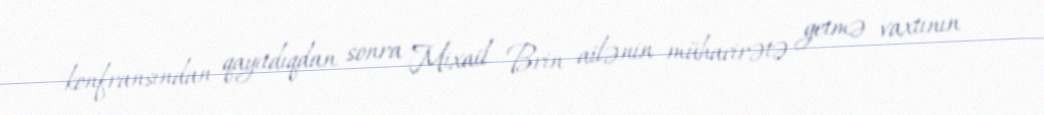
konfransından qayıtdıqdan sonra Mixail Brin ailənin mühacirətə getmə vaxtının